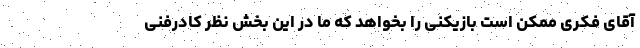
آقای فکری ممکن است بازیکنی را بخواهد که ما در این بخش نظر کادرفنی